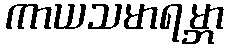
ကာယသမာရမ္ဘာ